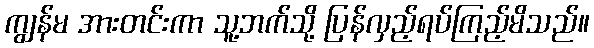
ကျွန်မ အားတင်းကာ သူ့ဘက်သို့ ပြန်လှည့်ရပ်ကြည့်မိသည်။